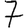
Digit: 7